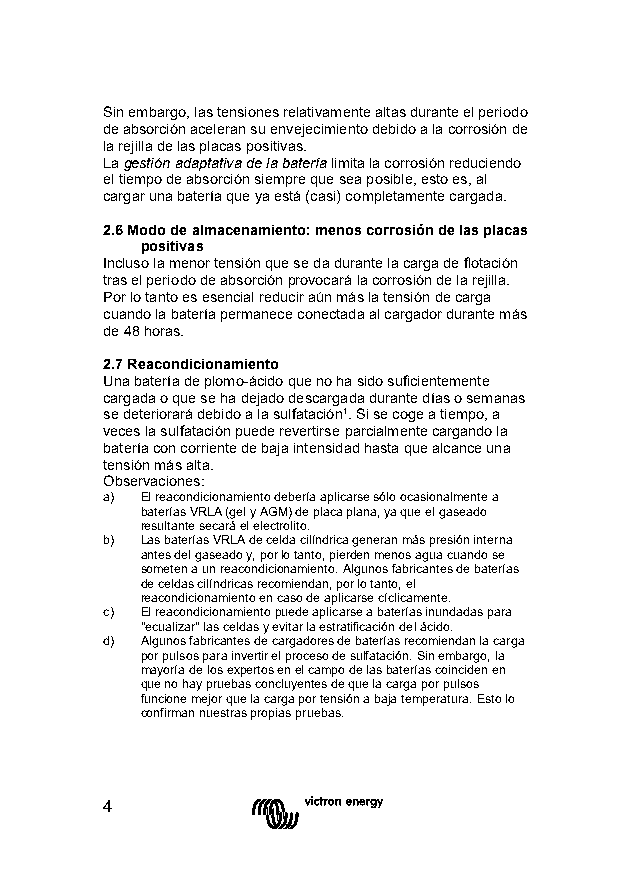
Sin embargo, las tensiones relativamente altas durante el periodo
 de absorción aceleran su envejecimiento debido a la corrosión de
 la rejilla de las placas positivas.
 La gestión adaptativa de la batería limita la corrosión reduciendo
 el tiempo de absorción siempre que sea posible, esto es, al
 cargar una batería que ya está (casi) completamente cargada.
 2.6 Modo de almacenamiento: menos corrosión de las placas
 positivas
 Incluso la menor tensión que se da durante la carga de flotación
 tras el periodo de absorción provocará la corrosión de la rejilla.
 Por lo tanto es esencial reducir aún más la tensión de carga
 cuando la batería permanece conectada al cargador durante más
 de 48 horas.
 2.7 Reacondicionamiento
 Una batería de plomo-ácido que no ha sido suficientemente
 cargada o que se ha dejado descargada durante días o semanas
 se deteriorará debido a la sulfatación¹. Si se coge a tiempo, a
 veces la sulfatación puede revertirse parcialmente cargando la
 batería con corriente de baja intensidad hasta que alcance una
 tensión más alta.
 Observaciones:
 a) El reacondicionamiento debería aplicarse sólo ocasionalmente a
 baterías VRLA (gel y AGM) de placa plana, ya que el gaseado
 resultante secará el electrolito.
 b) Las baterías VRLA de celda cilíndrica generan más presión interna
 antes del gaseado y, por lo tanto, pierden menos agua cuando se
 someten a un reacondicionamiento. Algunos fabricantes de baterías
 de celdas cilíndricas recomiendan, por lo tanto, el
 reacondicionamiento en caso de aplicarse cíclicamente.
 c) El reacondicionamiento puede aplicarse a baterías inundadas para
 "ecualizar" las celdas y evitar la estratificación del ácido.
 d) Algunos fabricantes de cargadores de baterías recomiendan la carga
 por pulsos para invertir el proceso de sulfatación. Sin embargo, la
 mayoría de los expertos en el campo de las baterías coinciden en
 que no hay pruebas concluyentes de que la carga por pulsos
 funcione mejor que la carga por tensión a baja temperatura. Esto lo
 confirman nuestras propias pruebas.
 4